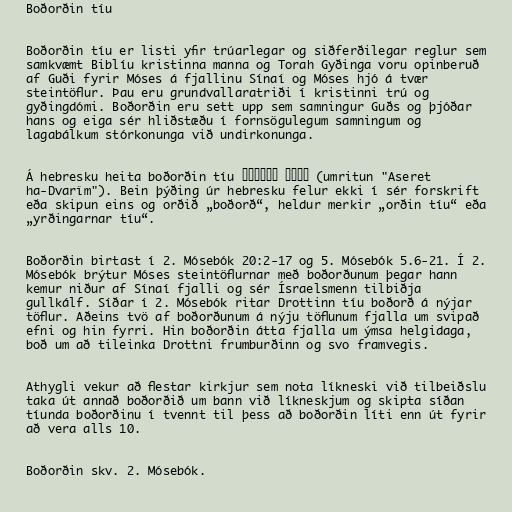
Boðorðin tíu

Boðorðin tíu er listi yfir trúarlegar og siðferðilegar reglur sem
samkvæmt Biblíu kristinna manna og Torah Gyðinga voru opinberuð
af Guði fyrir Móses á fjallinu Sínaí og Móses hjó á tvær
steintöflur. Þau eru grundvallaratriði í kristinni trú og
gyðingdómi. Boðorðin eru sett upp sem samningur Guðs og þjóðar
hans og eiga sér hliðstæðu í fornsögulegum samningum og
lagabálkum stórkonunga við undirkonunga.

Á hebresku heita boðorðin tíu עשרת הדברים (umritun "Aseret
ha-Dvarîm"). Bein þýðing úr hebresku felur ekki í sér forskrift
eða skipun eins og orðið „boðorð“, heldur merkir „orðin tíu“ eða
„yrðingarnar tíu“.

Boðorðin birtast í 2. Mósebók 20:2-17 og 5. Mósebók 5.6-21. Í 2.
Mósebók brýtur Móses steintöflurnar með boðorðunum þegar hann
kemur niður af Sínaí fjalli og sér Ísraelsmenn tilbiðja
gullkálf. Síðar í 2. Mósebók ritar Drottinn tíu boðorð á nýjar
töflur. Aðeins tvö af boðorðunum á nýju töflunum fjalla um svipað
efni og hin fyrri. Hin boðorðin átta fjalla um ýmsa helgidaga,
boð um að tileinka Drottni frumburðinn og svo framvegis.

Athygli vekur að flestar kirkjur sem nota líkneski við tilbeiðslu
taka út annað boðorðið um bann við líkneskjum og skipta síðan
tíunda boðorðinu í tvennt til þess að boðorðin líti enn út fyrir
að vera alls 10.

Boðorðin skv. 2. Mósebók.